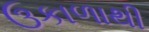
ઉકાળાથી